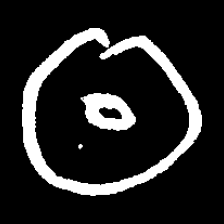
Pyu character \u2014 Myanmar letter: ထ (romanized: tha)